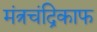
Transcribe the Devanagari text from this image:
मंत्रचंद्रिकाफ